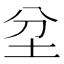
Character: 坌